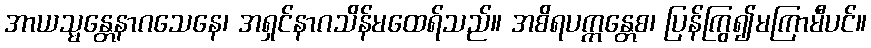
အာယသ္မန္တေနာဂသေနေ၊ အရှင်နာဂသိန်မထေရ်သည်။ အစိရပက္ကန္တေစ၊ ပြန်ကြွ၍မကြာမီပင်။